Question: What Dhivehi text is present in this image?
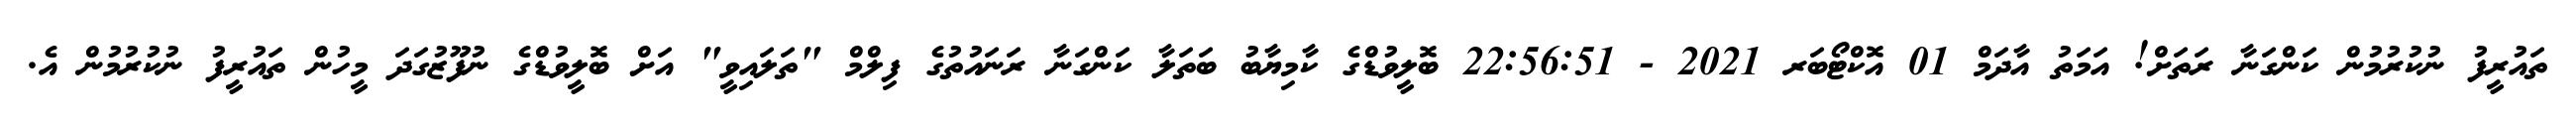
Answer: ތައުރީފު ނުކުރުމުން ކަންގަނާ ރަތަށް! އަމަތު އާދަމް 01 އޮކްޓޯބަރ 2021 - 22:56:51 ބޮލީވުޑްގެ ކާމިޔާބު ބަތަލާ ކަންގަނާ ރަނައުތުގެ ފިލްމް "ތަލައިވީ" އަށް ބޮލީވުޑްގެ ނުފޫޒުގަދަ މީހުން ތައުރީފު ނުކުރުމުން އެ.